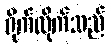
ရိုက်လိုက်သည်